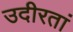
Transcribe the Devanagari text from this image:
उदीरतां